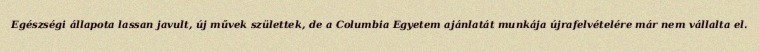
Egészségi állapota lassan javult, új művek születtek, de a Columbia Egyetem ajánlatát munkája újrafelvételére már nem vállalta el.